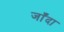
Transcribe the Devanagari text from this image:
जाँदा